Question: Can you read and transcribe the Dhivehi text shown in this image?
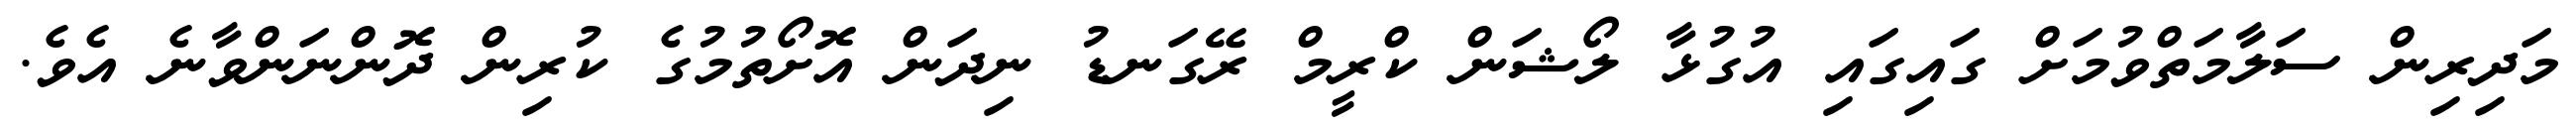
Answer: މަދިރިން ސަލާމަތްވުމަށް ގައިގައި އުގުޅާ ލޯޝަން ކްރީމް ރޭގަނޑު ނިދަން އޮށޯތުމުގެ ކުރިން ދޮންނަންވާނެ އެވެ.